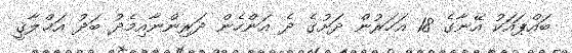
ބައްޕައަކު އޭނާގެ 18 އަހަރުން ދަށުގެ ދެ އަންހެން ދަރިންނާއިމެދު ބަދު އަޚްލާޤީ